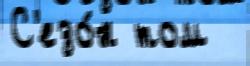
С'езо́н том